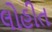
લોહીત